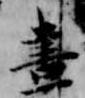
昼